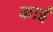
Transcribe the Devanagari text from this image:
काईं